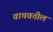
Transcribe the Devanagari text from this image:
वाचवतील